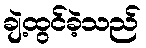
ချဲ့ထွင်ခဲ့သည်